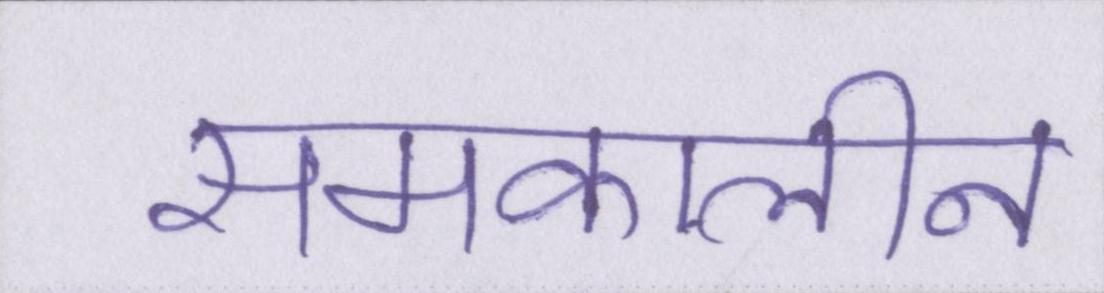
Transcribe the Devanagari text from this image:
समकालीन